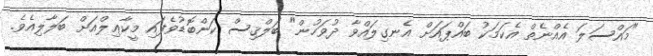
"މައްސަލަ އެއްނެތް އެކަމަކު ބައްޕައަށް އެނގިލައްވާ ދުވަހުން" ބަލްޤިސް ކަންބޮޑުވެފައި މީކާޢިލްއަށް ބަލާލިއެވެ.